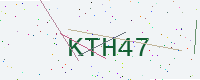
Text: KTH47